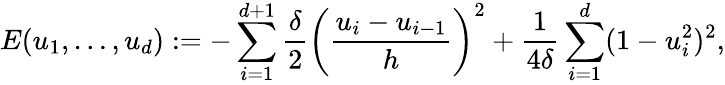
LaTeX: E(u_{1},\ldots,u_{d}):=-\sum_{i=1}^{d+1}\frac{\delta}{2}\bigg(\frac{u_{i}-u_{i-1}}{h}\bigg)^{2}+\frac{1}{4\delta}\sum_{i=1}^{d}(1-u_{i}^{2})^{2},